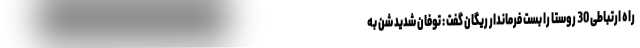
راه ارتباطی 30 روستا را بست فرماندار ریگان گفت : توفان شدید شن به